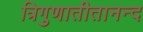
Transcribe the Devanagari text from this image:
त्रिगुणातीतानन्द